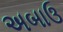
અબાઉ